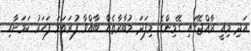
އަދި މިއީ ރާއްޖޭގައި ގޭމިންގެ މިފަދަ މުބާރާތެއް ބާއްވާ ފުރަތަމަ ފަހަރު ކަަމަށާއި